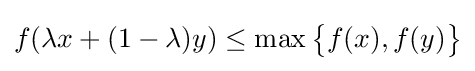
f(\lambda x+(1-\lambda )y)\leq \max {\big \{}f(x),f(y){\big \}}